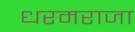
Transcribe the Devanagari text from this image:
धरमराजा